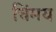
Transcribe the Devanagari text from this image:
चिंमय